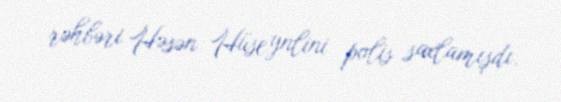
rəhbəri Həsən Hüseynlini polis saxlamışdı.